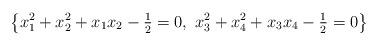
LaTeX: \begin{align*} \left\{ x_1^2 + x_2^2 + x_1 x_2 - \tfrac{1}{2} = 0,\ x_3^2 + x_4^2 + x_3 x_4 - \tfrac{1}{2} = 0 \right\}\end{align*}